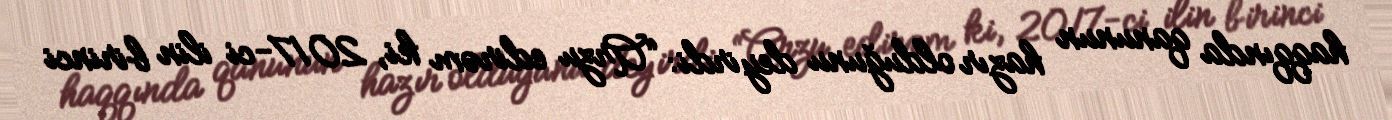
haqqında qanunun hazır olduğunu deyirdi: “Arzu edirəm ki, 2017-ci ilin birinci